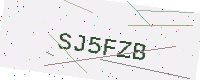
Text: SJ5FZB